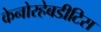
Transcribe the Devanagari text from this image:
केनोरहेबडीटिस